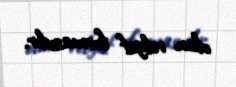
olan relyef formasıdır.